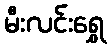
မီးလင်းရွှေ